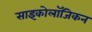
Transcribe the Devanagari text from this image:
साइकोलॉजिकन